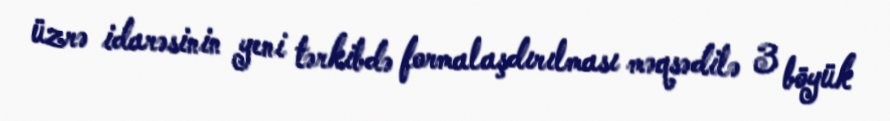
üzrə idarəsinin yeni tərkibdə formalaşdırılması məqsədilə 3 böyük